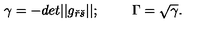
\gamma = - d e t | | g _ { \check { r } \check { s } } | | ; \quad \quad \ \Gamma = \sqrt { \gamma } .